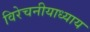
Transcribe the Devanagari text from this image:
विरेचनीयाध्याय